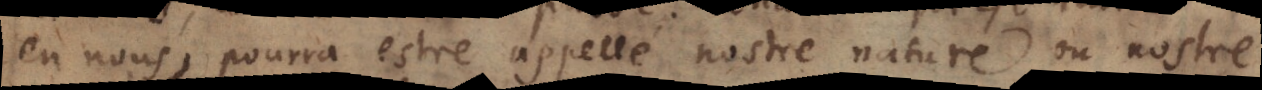
en nous, pourra estre appellé nostre nature ou nostre